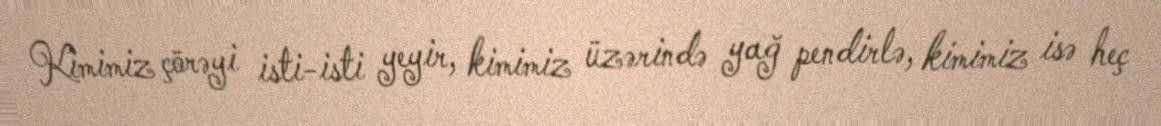
Kimimiz çörəyi isti-isti yeyir, kimimiz üzərində yağ pendirlə, kimimiz isə heç